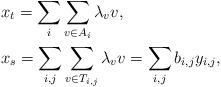
LaTeX: \begin{align*}\begin{aligned}&x_t = \sum_i \sum_{v \in A_{i}}\lambda_v v, \\&x_s = \sum_{i,j}\sum_{v \in T_{i,j}} \lambda_v v =\sum_{i,j}b_{i,j}y_{i,j},\end{aligned}\end{align*}